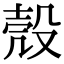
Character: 殼